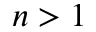
n > 1